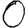
Digit: 0